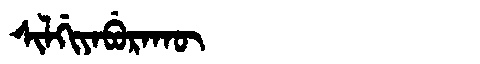
Manchu: ᠰᡳᠯᡤᡳᠶᠠᠪᡠᡵᠠᡴᡡ
Romanization: SILGIYABURAKŪ